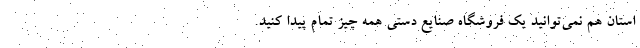
استان هم نمی‌توانید یک فروشگاه صنایع دستی همه چیز تمام پیدا کنید.